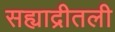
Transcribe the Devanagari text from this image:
सह्याद्रीतली